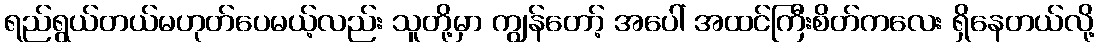
ရည်ရွယ်တယ်မဟုတ်ပေမယ့်လည်း သူတို့မှာ ကျွန်တော့် အပေါ် အထင်ကြီးစိတ်ကလေး ရှိနေတယ်လို့